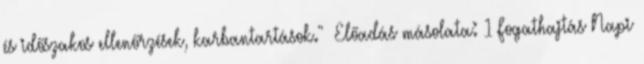
és időszakos ellenőrzések, karbantartások."— Előadás másolata: 1 Fogathajtás Napi